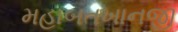
મહાબતખાનજી